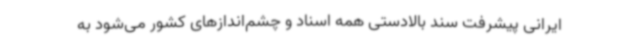
ایرانی پیشرفت سند بالادستی همه اسناد و چشم‌اندازهای کشور می‌شود به